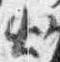
出